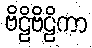
ဗိဠိဗိဠိကာ